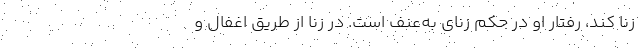
زنا کند، رفتار او در حکم زنای به‌عنف است. در زنا از طریق اغفال و